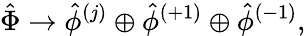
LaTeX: {\hat{\Phi}}\rightarrow{\hat{\phi}}^{(j)}\oplus{\hat{\phi}}^{(+1)}\oplus{\hat{\phi}}^{(-1)},